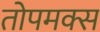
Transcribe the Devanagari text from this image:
तोपमक्स